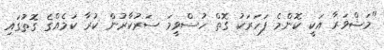
"މަޝްވަރާ އަކީ ކޮންމެ ފަހަރަކު ގޮތް ހުސްވީމަ ސަރުކާރުން ކުރާ ކަމެއްގެ ގޮތުގައި